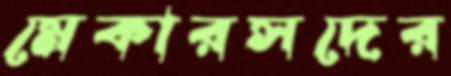
মেকারসদের